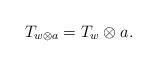
LaTeX: \begin{align*}T_{w\otimes a} = T_w \otimes a.\end{align*}